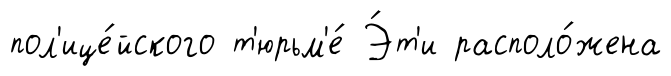
пол'ице́йского т'юрьм'е́ Э́т'и располо́жена